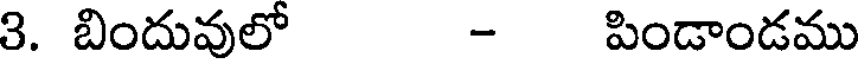
3. బిందువులో - పిండాండము